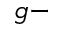
g -